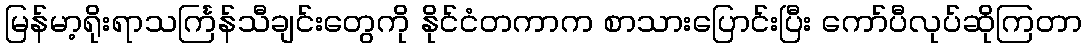
မြန်မာ့ရိုးရာသင်္ကြန်သီချင်းတွေကို နိုင်ငံတကာက စာသားပြောင်းပြီး ကော်ပီလုပ်ဆိုကြတာ